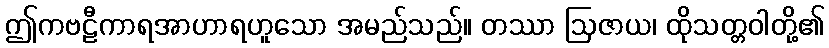
ဤကဗဠီကာရအာဟာရဟူသော အမည်သည်။ တဿာ ဩဇာယ၊ ထိုသတ္တဝါတို့၏